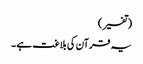
(تفسیر)
یہ قرآن کی بلاغت ہے ۔